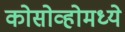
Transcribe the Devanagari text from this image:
कोसोव्होमध्ये